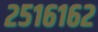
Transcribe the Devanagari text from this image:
२५१६१६२